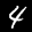
Label: 4